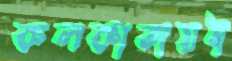
কলকাতায়ই